Civil Veterinary Dept. Bombay admin report 1893-99 - 1893-1899
Year: 1893
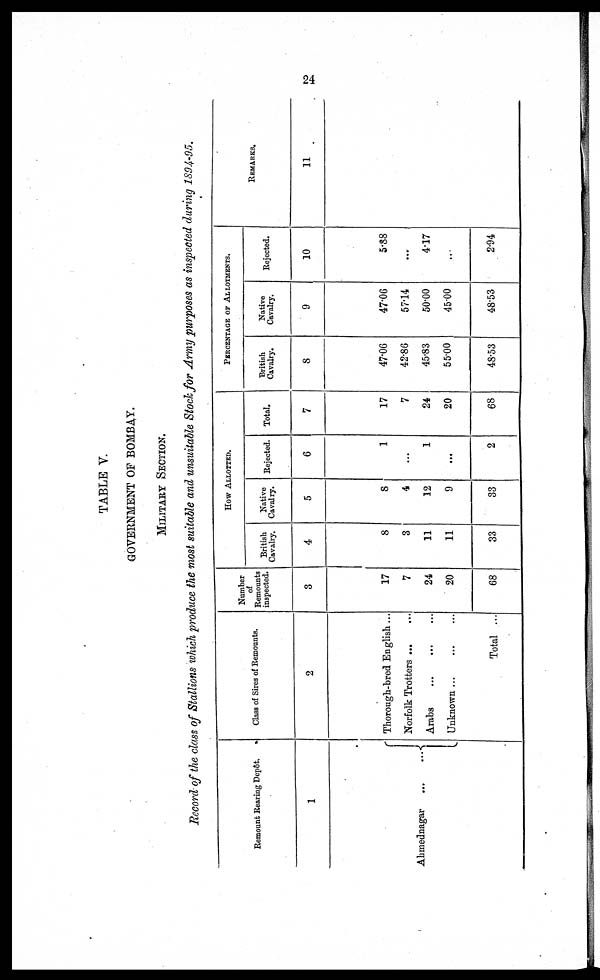
24
TABLE V.
GOVERNMENT OF BOMBAY.
MILITERY SECTION.
Record of the class of Stallions which produce the most suitable and unsuitable Stock for Army purposes as inspected during 1894-95.
Remount Rearing Depôt.
1
Ahmednagar
...
...
Class of Sires of Remounts.
2
Thorough-bred English ...
Norfolk Trotters
Arabs
Unknown ...
Total ...
Number
of
Remounts
inspected.
3
17
7
24
20
68
HOW ALLOTED
British
Cavalry.
4
8
3
11
11
33
Native
Cavalry.
5
8
4
12
9
33
Rejected.
6
1
...
1
...
2
Total.
7
17
7
24
20
68
PERCENTAGE OF ALLOTMENT
British
Cavalry.
8
47.06
42.86
45.83
55.00
48.53
Native
Cavalry.
9
47.06
57.14
50.00
45.00
48.53
Rejected.
10
5.88
...
4.17
...
2.94
REMARKS.
11